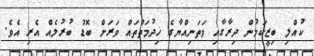
ކުއްލި ބިޒީކަމުން ދިރާގާއި ވަތަނިއްޔާގެ ޚިދުމަތްތައް ވަރަށް ބޮޑު ބުރުލެއް އެރި އެވެ.